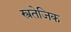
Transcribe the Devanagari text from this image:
स्त्रतेजिक